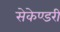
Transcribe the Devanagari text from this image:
सेकेण्‍डरी